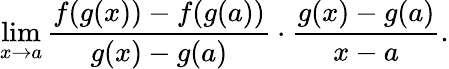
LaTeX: \operatorname*{lim}_{x\to a}{\frac{f(g(x))-f(g(a))}{g(x)-g(a)}}\cdot{\frac{g(x)-g(a)}{x-a}}.